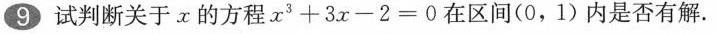
9试判断关于x的方程$$x ^ { 3 } + 3 x - 2 = 0$$在区间(0，1)内是否有解.